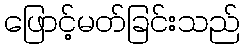
ဖြောင့်မတ်ခြင်းသည်